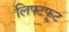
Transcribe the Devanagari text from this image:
लिफ्टफूट